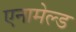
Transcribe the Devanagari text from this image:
एनामेल्ड